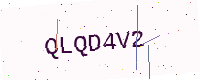
Text: QLQD4V2